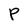
Character: P